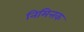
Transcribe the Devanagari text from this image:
निमित्तक